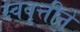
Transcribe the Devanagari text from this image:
स्ववृत्तीने